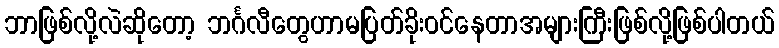
ဘာဖြစ်လို့လဲဆိုတော့ ဘင်္ဂလီတွေဟာမပြတ်ခိုးဝင်နေတာအများကြီးဖြစ်လို့ဖြစ်ပါတယ်